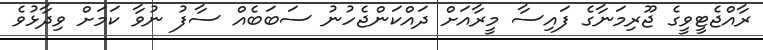
ރާއްޖެޓީވީގެ ޖޫރިމަނާގެ ފައިސާ މީރާއަށް ދައްކަންޖެހުނު ސަބަބެއް ސާފު ނުވާ ކަމަށް ވިދާޅުވެ